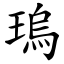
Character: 瑦